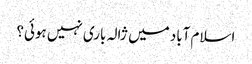
اسلام آباد میں ژالہ باری نہیں ہوئی؟